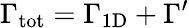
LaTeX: \Gamma_{\mathrm{tot}}=\Gamma_{\mathrm{1D}}+\Gamma^{\prime}